Report on the Civil Veterinary Department, Eastern Bengal and Assam - 1907-1911
Year: 1907
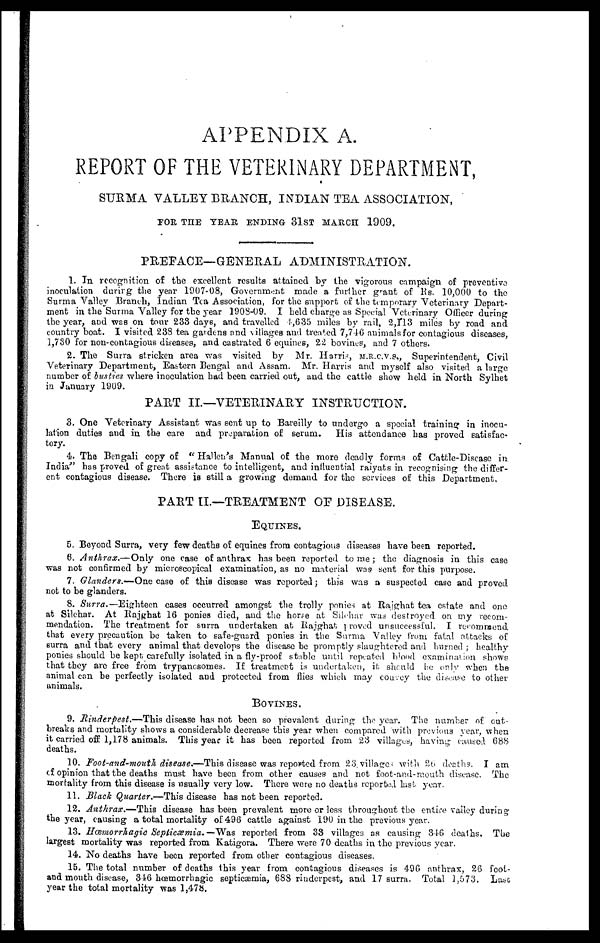
APPENDIX A.
REPORT OF THE VETERINARY DEPARTMENT,
SURMA VALLEY BRANCH, INDIAN TEA ASSOCIATION,
FOR THE TEAR ENDING 31ST MARCH 1909.
PREFACE—GENERAL ADMINISTRATION.
1. In recognition of the excellent results attained by the vigorous campaign of preventive
inoculation durirg the year 1907-08, Government made a further grant of Rs. 10,000 to the
Surma Valley Branch, Indian Tea Association, for the support of the temporary Veterinary Depart-
ment in the Surma Valley for the year 1903-09. I held charge as Special Veterinary Officer during
the year, and was on tour 238 days, and travelled 4,635 miles by rail, 2,113 miles by road and
country boat. I visited 238 tea gardens and villages and treated 7,746 animals for contagious diseases,
1,730 for non-contagious diseases, and castrated 6 equines, 22 bovines, and 7 others.
2. The Surra stricken area was visited by Mr. Harris, M.R.C.V.S., Superintendent, Civil
Veterinary Department, Eastern Bengal and Assam. Mr. Harris and myself also visited a large
number of busties where inoculation had been carried out, and the cattle show held in North Sylhet
in January 1909.
PART II.—VETERINARY INSTRUCTION.
3. One Veterinary Assistant was sent up to Bareilly to undergo a special training in inocu-
lation duties and in the care and preparation of serum. His attendance has proved satisfac-
tory.
4. The Bengali copy of " Hallen's Manual of the more deadly forms of Cattle-Disease in
India " has proved of great assistance to intelligent, and influential raiyats in recognising the differ-
ent contagious disease. There is still a growing demand for the services of this Department,
PART II.—TREATMENT OF DISEASE.
EQUINES.
5. Beyond Surra, very few deaths of equines from contagious diseases have been reported.
6. Anthrax.—Only
one case of anthrax has been reported to me; the diagnosis in this case
was not confirmed by microscopical examination, as no material was sent for this purpose.
7. Glanders.—One case of this disease was reported; this was a suspected case and proved
not to be glanders.
8. Surra.—Eighteen cases occurred amongst the trolly ponies at Rajghat tea estate and one
at Silchar. At Rajghat 16 ponies died, and the horse at Silchar was destroyed on my recom-
mendation. The treatment for surra undertaken at Rajghat proved unsuccessful. I recommend
that every precaution be taken to safe-guard ponies in the Surma Valley from fatal attacks of
surra and that every animal that develops the disease be promptly slaughtered and burned; healthy
ponies should be kept carefully isolated in a fly-proof stable until repeated blood examination shows
that they are free from trypancsomes. If treatment is undertaken, it should be only when the
animal can be perfectly isolated and protected from flies which may convey the disease to other
animals.
BOVINES.
9. Rinderpest.—This disease has not been so prevalent during the year. The number of out
breaks and mortality shows a considerable decrease this year when compared with previous year, when
it carried off 1,178 animals. This year it has been reported from 23 villages, having caused 688
deaths.
10. Foot-and-mouth disease.—This disease was reported from 23 villages with 26 deaths. I am
of opinion that the deaths must have been from other causes and not foot-and-mouth disease. The
mortality from this disease is usually very low. There were no deaths reported last year.
11. Black Quarter.—This disease has not been reported.
12. Anthrax.—This disease has been prevalent more or less throughout the entice valley during
the year, causing a total mortality of 496 cattle against 190 in the previous year.
13. Hæmorrhagic Septicæmia.—Was reported from 33 villages as causing 346 deaths. The
largest mortality was reported from Katigora. There were 70 deaths in the previous year.
14. No deaths have been reported from other contagious diseases.
15. The total number of deaths this year from contagious diseases is 496 anthrax, 26 foot-
and mouth disease, 346 hæmorrhagic septicæmia, 688 rinderpest, and 17 surra. Total 1,573. Last
year the total mortality was 1,478.